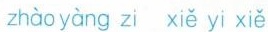
zhào yàng zi xiě yi xiě